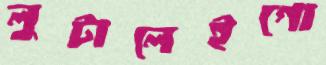
লুটালেইগো